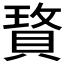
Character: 𰷆